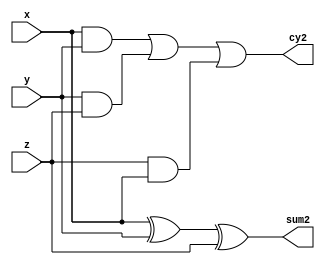
module fa(input x,y,z,output sum2,cy2);
assign sum2=x^y^z;
assign cy2=(x&y) | (y&z) | (z&x);
endmodule